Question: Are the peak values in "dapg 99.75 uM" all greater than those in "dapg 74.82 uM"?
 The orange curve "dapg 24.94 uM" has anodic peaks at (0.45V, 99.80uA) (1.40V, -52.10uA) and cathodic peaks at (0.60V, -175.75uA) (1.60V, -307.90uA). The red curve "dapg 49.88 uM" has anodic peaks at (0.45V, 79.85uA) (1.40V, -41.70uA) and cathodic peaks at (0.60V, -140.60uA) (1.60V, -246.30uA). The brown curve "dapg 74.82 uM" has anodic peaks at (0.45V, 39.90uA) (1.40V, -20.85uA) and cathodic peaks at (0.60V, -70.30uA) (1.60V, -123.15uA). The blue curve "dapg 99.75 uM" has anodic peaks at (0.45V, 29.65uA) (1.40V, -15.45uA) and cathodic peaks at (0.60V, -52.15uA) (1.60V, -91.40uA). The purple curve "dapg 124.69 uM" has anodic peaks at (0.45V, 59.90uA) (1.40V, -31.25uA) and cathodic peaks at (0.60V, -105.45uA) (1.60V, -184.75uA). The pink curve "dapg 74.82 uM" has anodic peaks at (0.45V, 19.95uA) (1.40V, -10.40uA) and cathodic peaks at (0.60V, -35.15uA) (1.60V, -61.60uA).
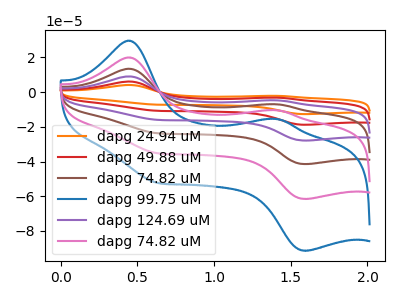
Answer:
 <answer>The peaks in "dapg 99.75 uM" are neither all higher or all lower than the peaks in "dapg 74.82 uM".</answer>
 <eval>mixed</eval>